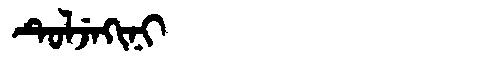
Manchu: ᡨᡠᠯᠵᡝᡴᡳᠨᡳ
Romanization: TULJEKINI